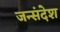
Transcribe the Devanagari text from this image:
जन्संदेश